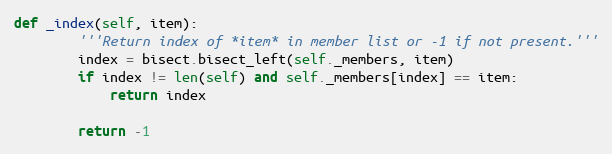
Language: Python
def _index(self, item):
        '''Return index of *item* in member list or -1 if not present.'''
        index = bisect.bisect_left(self._members, item)
        if index != len(self) and self._members[index] == item:
            return index

        return -1